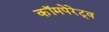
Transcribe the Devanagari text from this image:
कॉमपेरेट्व